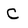
Character: C